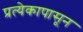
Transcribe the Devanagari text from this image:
प्रत्येकापासून